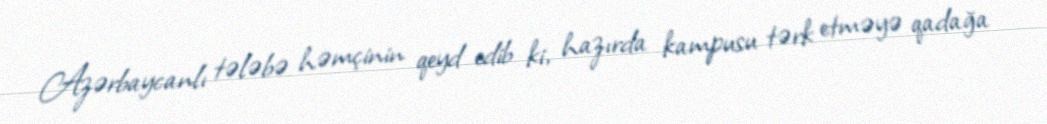
Azərbaycanlı tələbə həmçinin qeyd edib ki, hazırda kampusu tərk etməyə qadağa